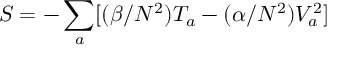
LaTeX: S = - \sum _ { a } [ ( \beta / N ^ { 2 } ) T _ { a } - ( \alpha / N ^ { 2 } ) V _ { a } ^ { 2 } ]